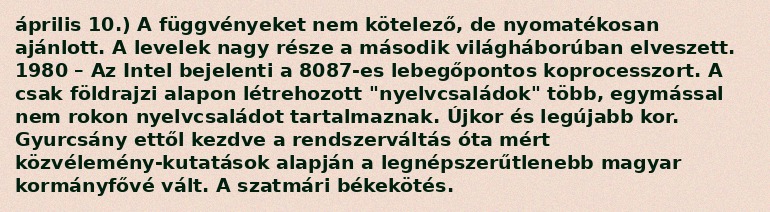
április 10.) A függvényeket nem kötelező, de nyomatékosan ajánlott. A levelek nagy része a második világháborúban elveszett. 1980 – Az Intel bejelenti a 8087-es lebegőpontos koprocesszort. A csak földrajzi alapon létrehozott "nyelvcsaládok" több, egymással nem rokon nyelvcsaládot tartalmaznak. Újkor és legújabb kor. Gyurcsány ettől kezdve a rendszerváltás óta mért közvélemény-kutatások alapján a legnépszerűtlenebb magyar kormányfővé vált. A szatmári békekötés.